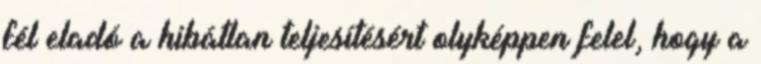
fél eladó a hibátlan teljesítésért olyképpen felel, hogy a